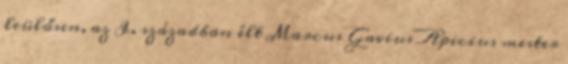
leülősen, az I. században élt Marcus Gavius Apicius mester